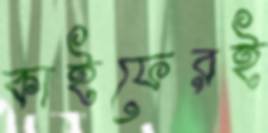
কাইফেরই